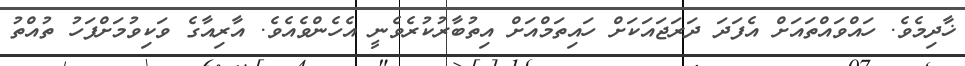
ޚާދިމެވެ. ހައްވައްތައަށް އެފަދަ ދަރަޖައަކަށް ހައިތަމްއަށް އިތުބާރުކުރެވެނީ އެހެންވެއެވެ. އާރިއާގެ ވަކިވުމަށްފަހު ތުއްތު